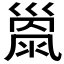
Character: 𢀂